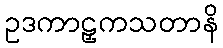
ဥဒကာဠှကသတာနိ